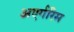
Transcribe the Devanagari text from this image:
अएर्गरिस